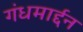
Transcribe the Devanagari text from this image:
गंधमार्द्दन